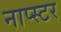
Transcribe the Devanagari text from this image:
नाप्स्टर